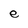
Character: e